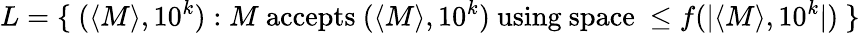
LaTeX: L=\{ ~(\langle M\rangle,10^{k}):M{\mathrm{~accepts~}}(\langle M\rangle,10^{k}){\mathrm{~using~space~}}\leq f(|\langle M\rangle,10^{k}|)~\}